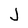
Character: J